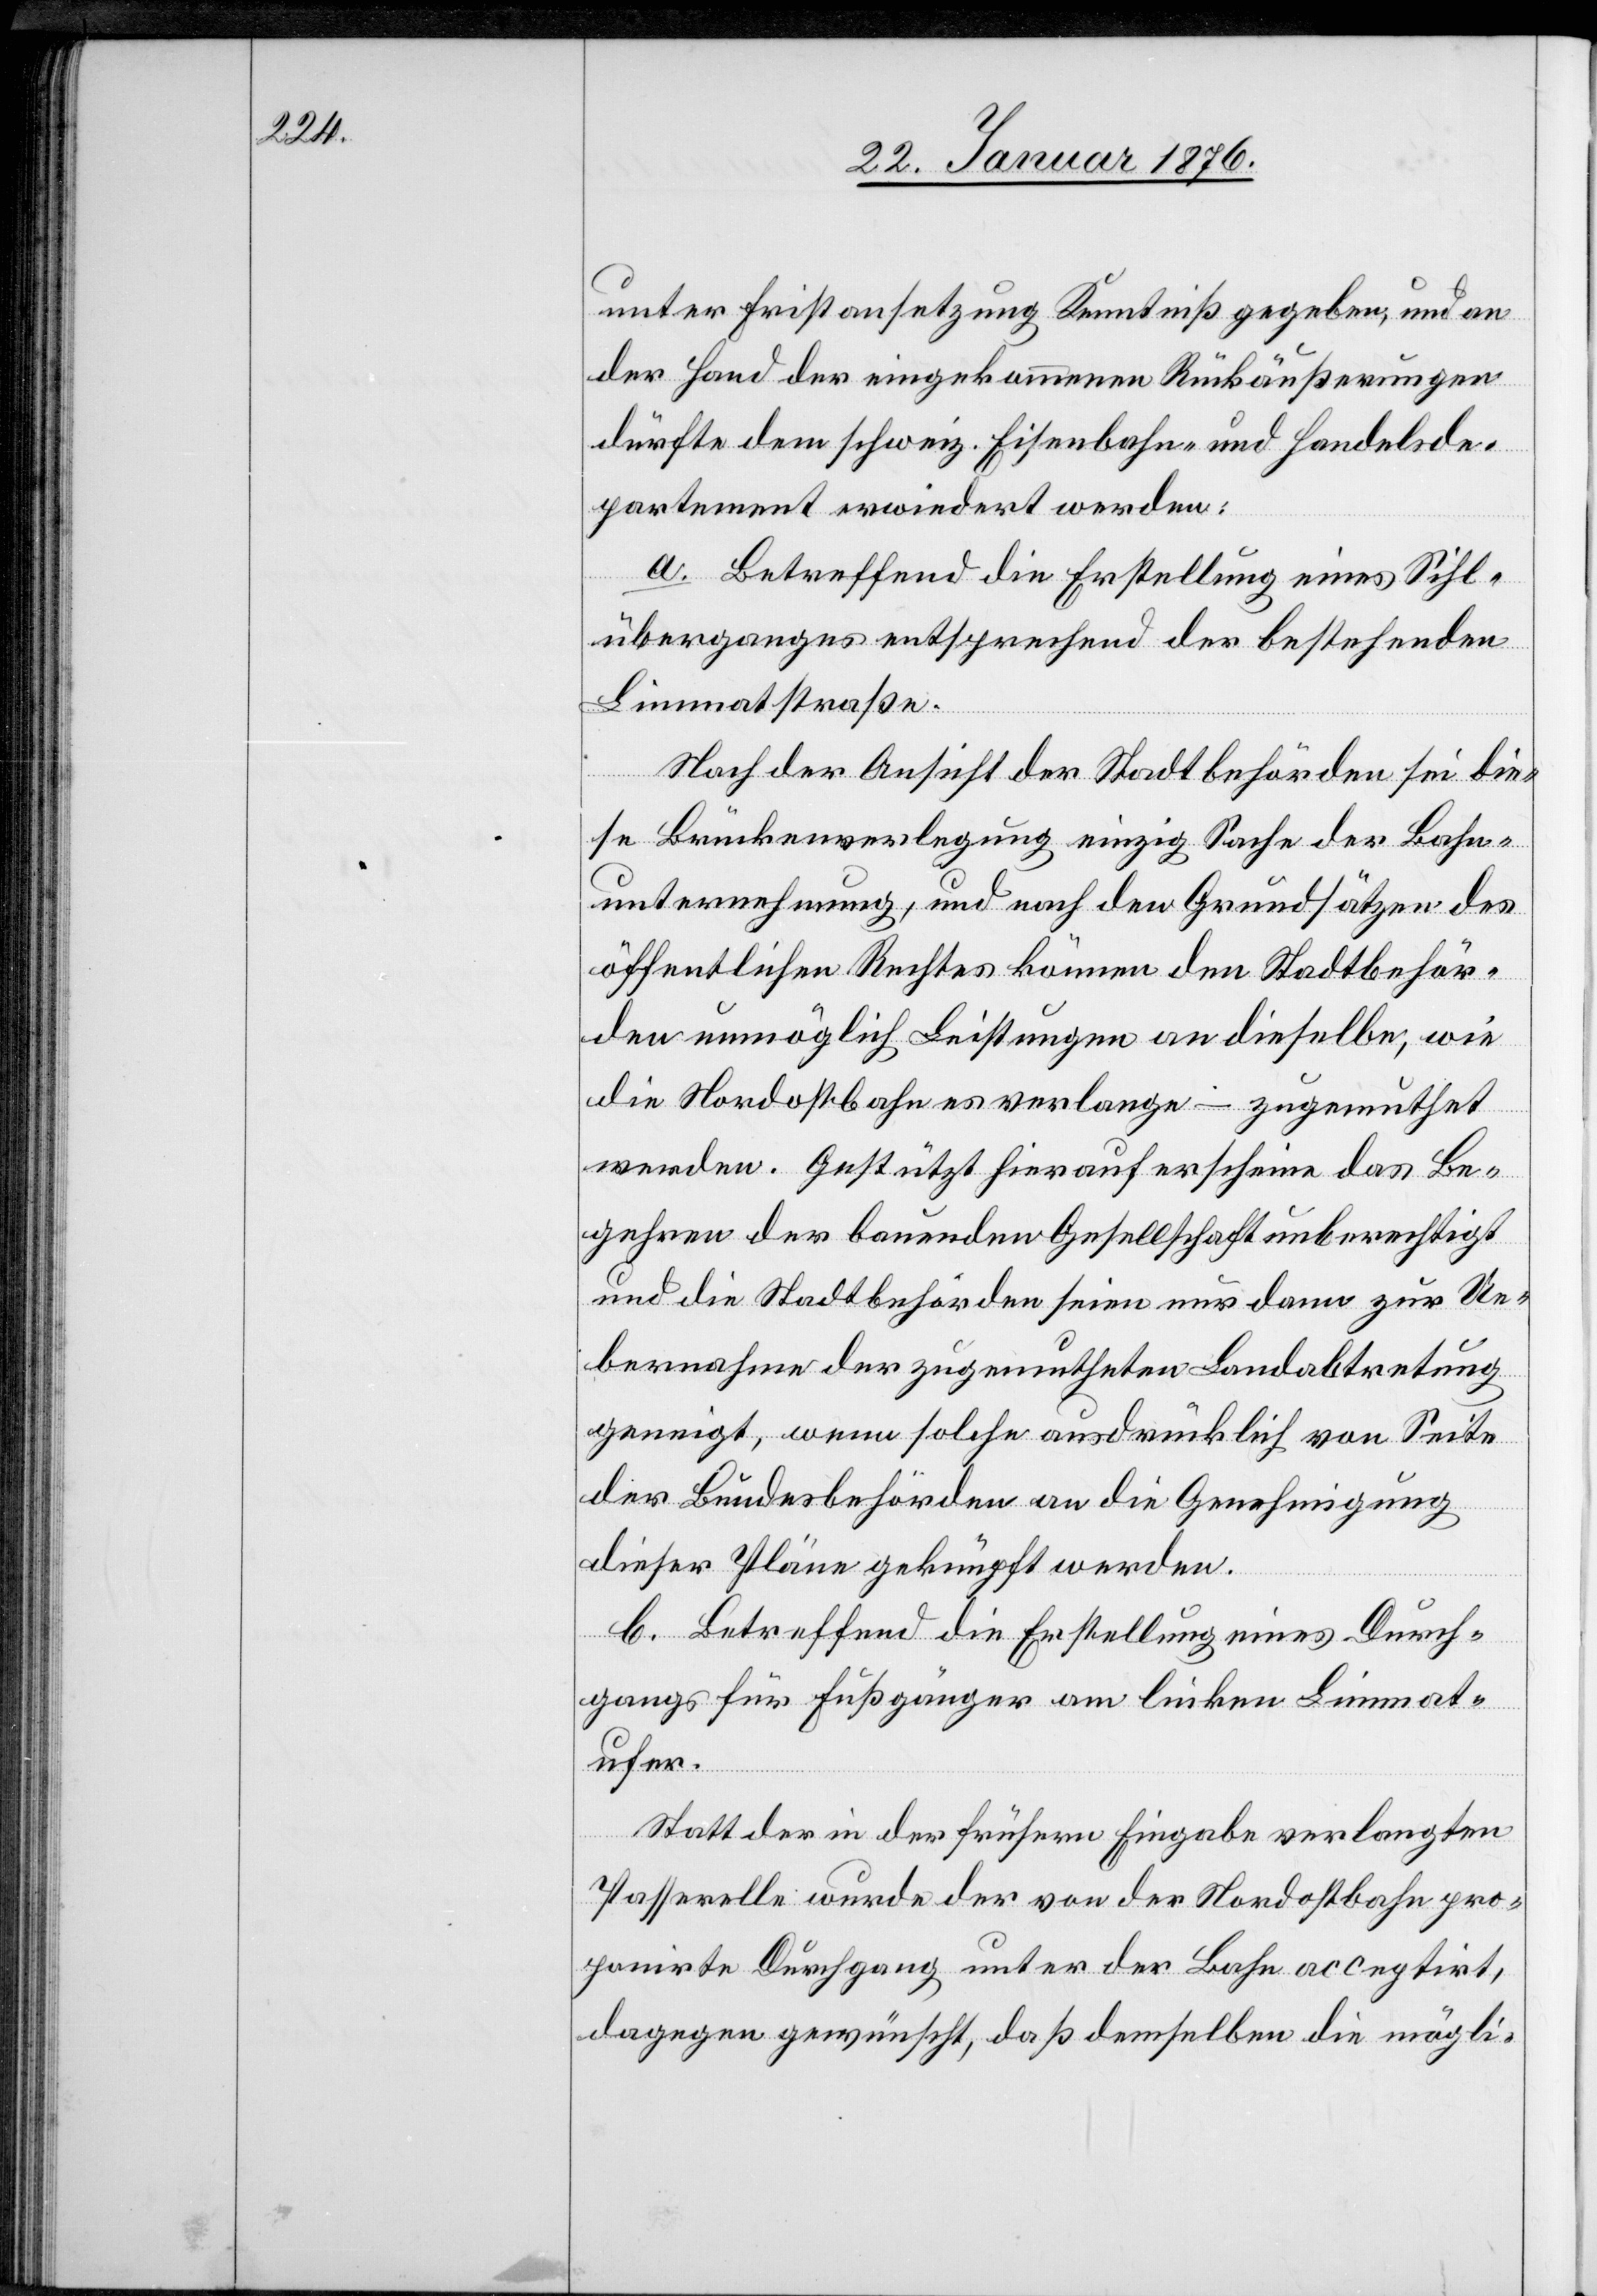
unter Fristansetzung Kenntniß gegeben, und an
der Hand der eingekommenen Rückäußerungen
dürfte dem schweiz. Eisenbahn- und Handelsde¬
partement erwiedert werden:
a. Betreffend die Erstellung eines Sihl¬
überganges entsprechend der bestehenden
Limmatstraße.
Nach der Ansicht der Stadtbehörden sei die¬
se Brückenverlegung einzig Sache der Bahn¬
unternehmung, und nach den Grundsätzen des
öffentlichen Rechtes können den Stadtbehör¬
den unmöglich Leistungen an dieselbe, wie
die Nordostbahn verlange, – zugemuthet
werden. Gestützt hierauf erscheine das Be¬
gehren der bauenden Gesellschaft unberechtigt
und die Stadtbehörden seien nur dann zur Ue¬
bernahme der zugemutheten Landabtretung
geneigt, wenn solche ausdrücklich von Seite
der Bundesbehörden an die Genehmigung
dieser Pläne geknüpft werden.
b. Betreffend die Erstellung eines Durch¬
gangs für Fußgänger am linken Limmat¬
ufer.
Statt der in der frühern Eingabe verlangten
Passarelle wurde der von der Nordostbahn pro¬
ponirte Durchgang unter der Bahn acceptirt,
dagegen gewünscht, daß demselben die mögli-